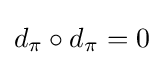
d_{\pi }\circ d_{\pi }=0